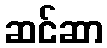
ဆင်ဆာ